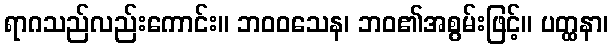
ရာဂသည်လည်းကောင်း။ ဘဝဝသေန၊ ဘဝ၏အစွမ်းဖြင့်။ ပတ္ထနာ၊